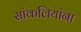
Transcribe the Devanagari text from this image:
सांकलियांना